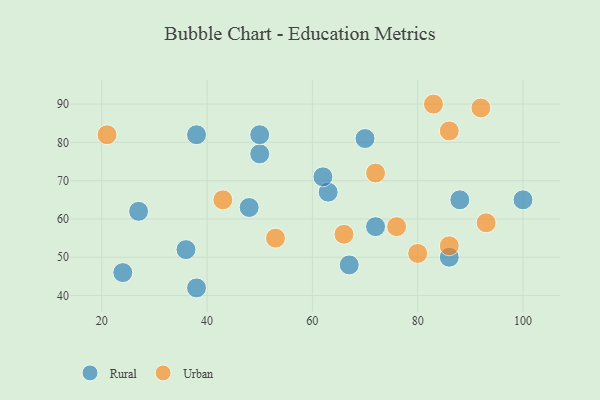
{"axis": {"x": "GDP", "y": "Life Expectancy"}, "legend": ["Rural", "Urban"], "data": [{"x": "63", "y": 67, "type": "Rural"}, {"x": "38", "y": 42, "type": "Rural"}, {"x": "38", "y": 82, "type": "Rural"}, {"x": "88", "y": 65, "type": "Rural"}, {"x": "50", "y": 77, "type": "Rural"}, {"x": "36", "y": 52, "type": "Rural"}, {"x": "24", "y": 46, "type": "Rural"}, {"x": "72", "y": 58, "type": "Rural"}, {"x": "100", "y": 65, "type": "Rural"}, {"x": "67", "y": 48, "type": "Rural"}, {"x": "86", "y": 50, "type": "Rural"}, {"x": "50", "y": 82, "type": "Rural"}, {"x": "48", "y": 63, "type": "Rural"}, {"x": "70", "y": 81, "type": "Rural"}, {"x": "62", "y": 71, "type": "Rural"}, {"x": "27", "y": 62, "type": "Rural"}, {"x": "86", "y": 83, "type": "Urban"}, {"x": "83", "y": 90, "type": "Urban"}, {"x": "86", "y": 53, "type": "Urban"}, {"x": "93", "y": 59, "type": "Urban"}, {"x": "53", "y": 55, "type": "Urban"}, {"x": "21", "y": 82, "type": "Urban"}, {"x": "66", "y": 56, "type": "Urban"}, {"x": "92", "y": 89, "type": "Urban"}, {"x": "43", "y": 65, "type": "Urban"}, {"x": "76", "y": 58, "type": "Urban"}, {"x": "80", "y": 51, "type": "Urban"}, {"x": "72", "y": 72, "type": "Urban"}]}